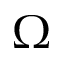
\Omega